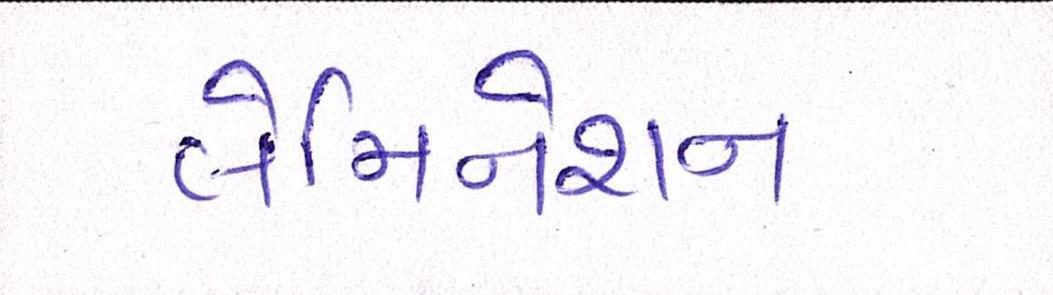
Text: લેમિનેશન